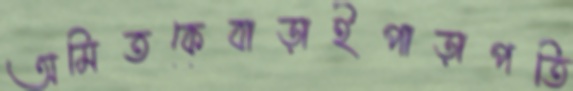
অমিতকেবাড়াইপাড়াপতি